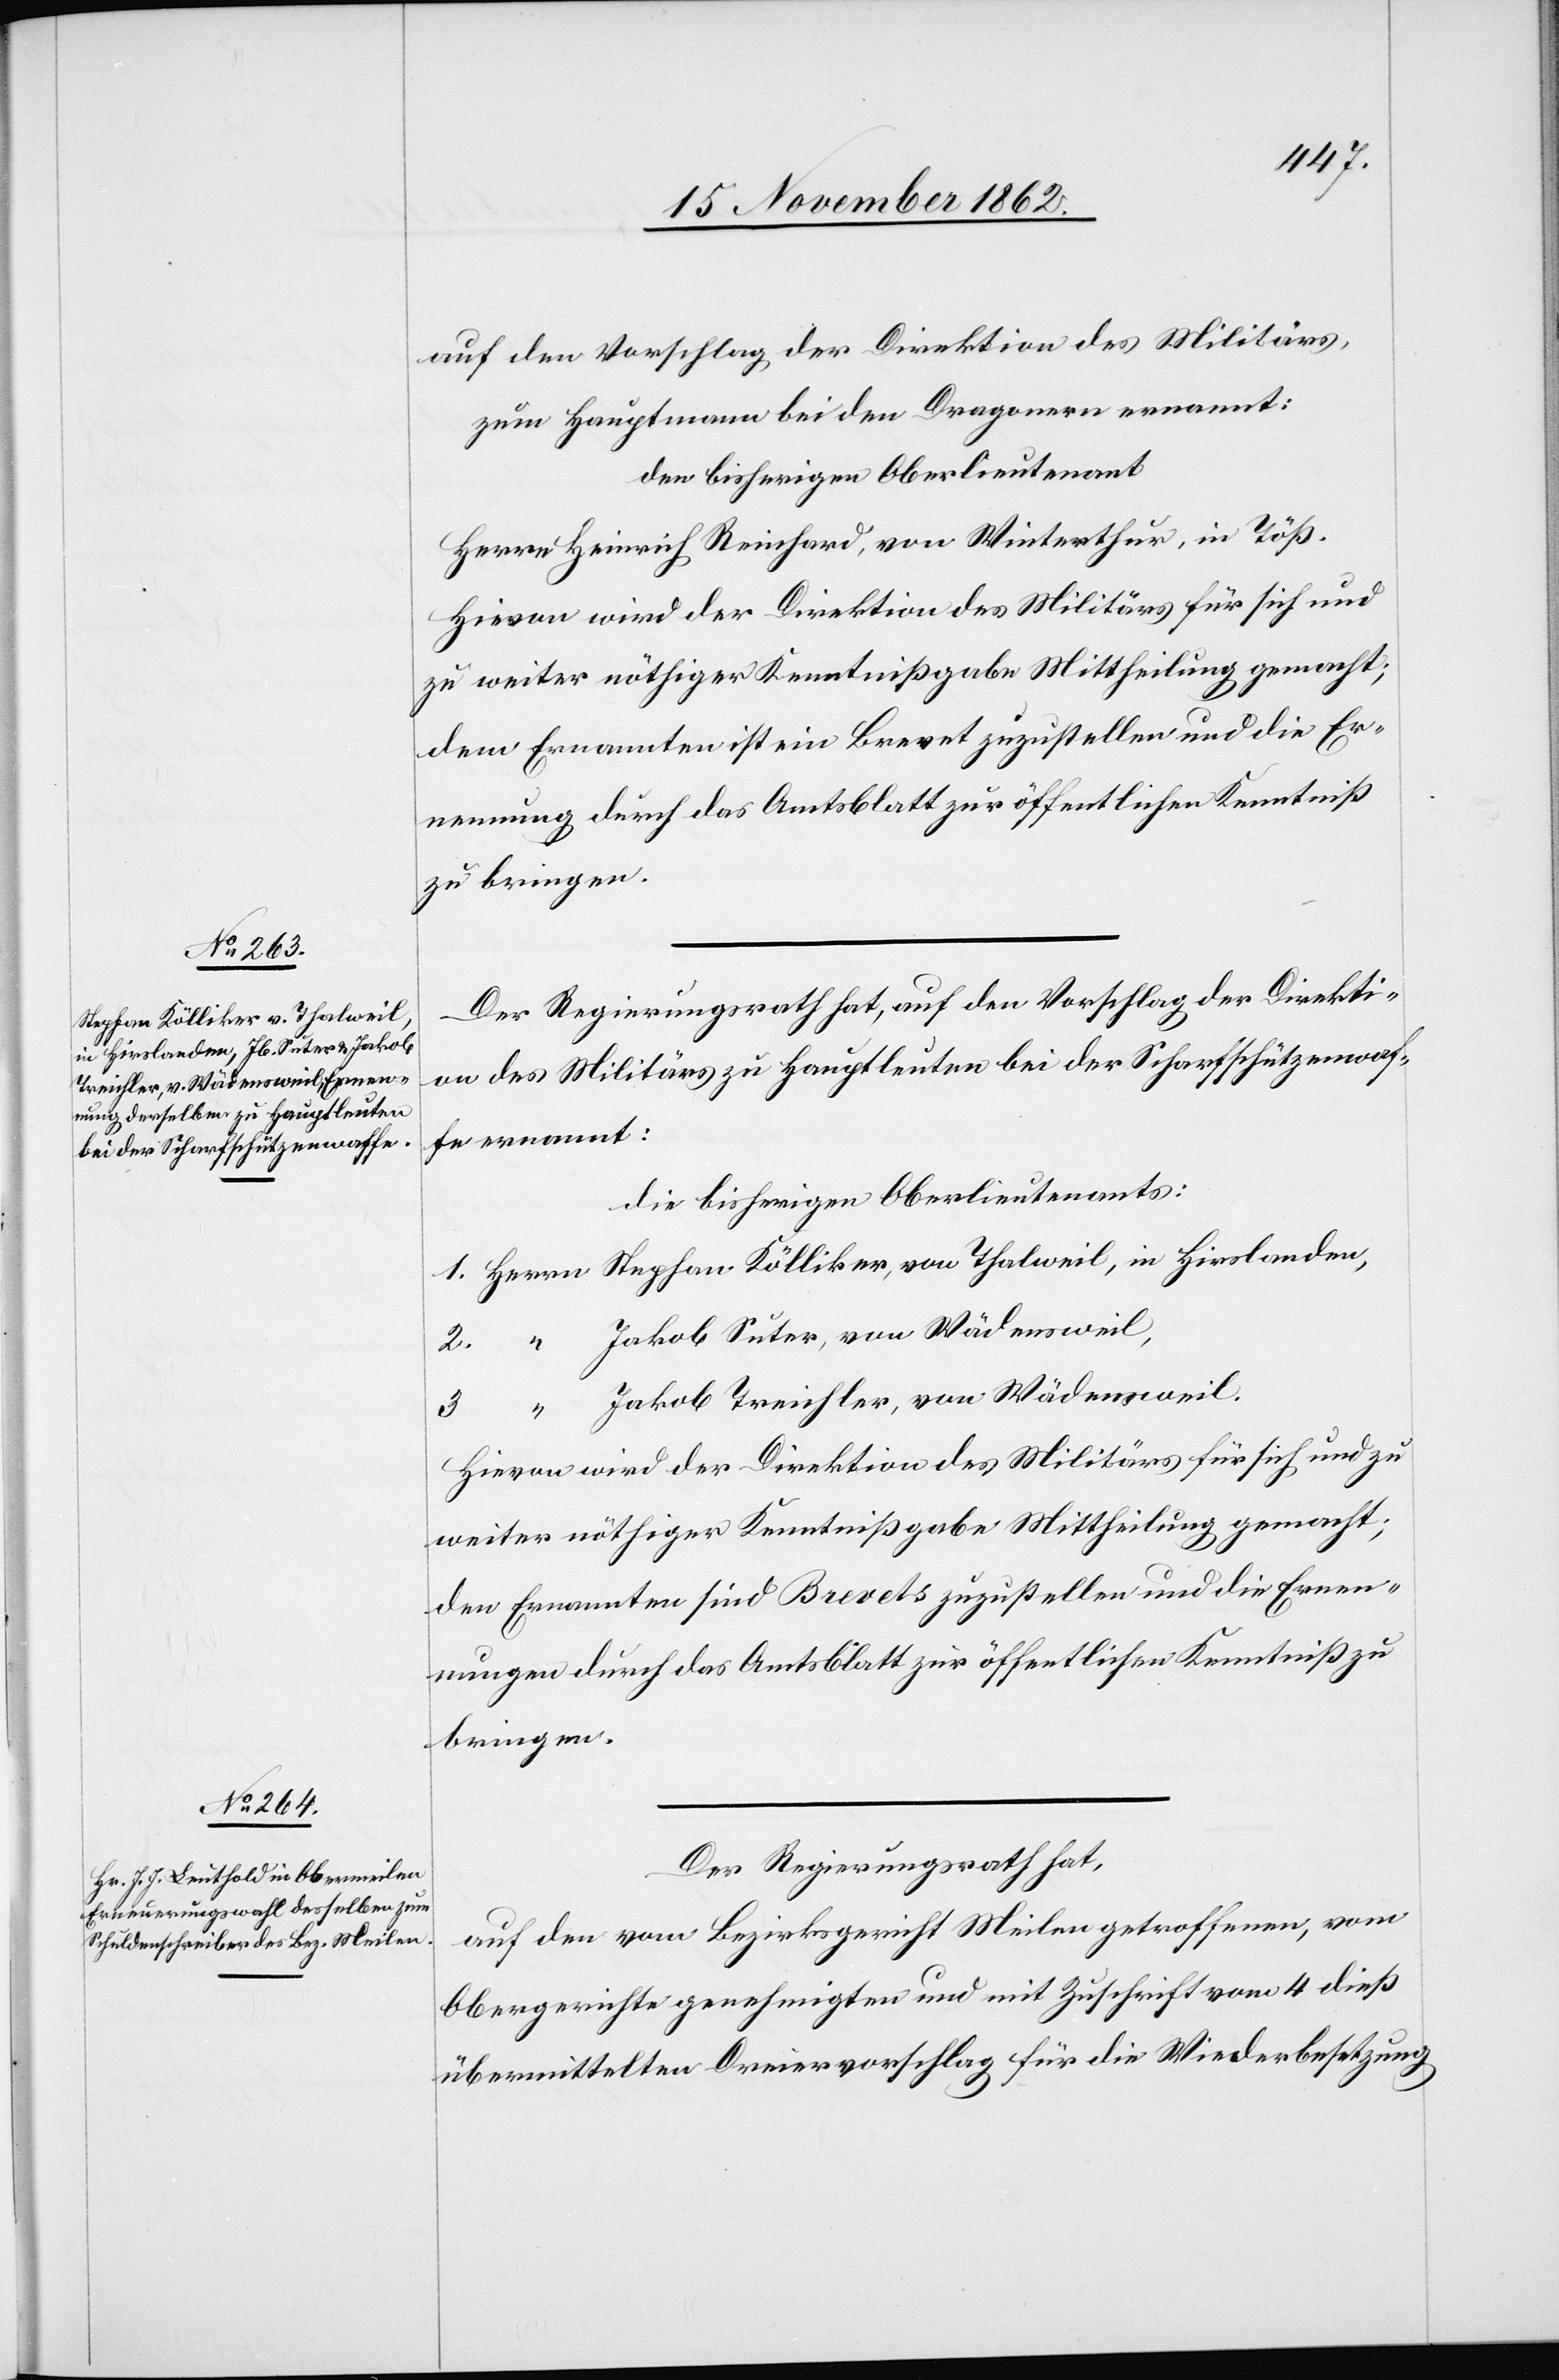
Stephan Kölliker, von Thalweil,

auf den Vorschlag der Direktion des Militärs,
zum Hauptmann bei den Dragonern ernannt:
den bisherigen Oberlieutenant
Herrn Heinrich Reinhard, von Winterthur, in Töß.
Hievon wird der Direktion des Militärs für sich und
zu weiter nöthiger Kenntnißgabe Mittheilung gemacht;
dem Ernannten ist ein Brevet zuzustellen und die Er¬
nennung durch das Amtsblatt zur öffentlichen Kenntniß
zu bringen.
Der Regierungsrath hat, auf den Vorschlag der Direkti¬
on des Militärs zu Hauptleuten bei der Scharfschützenwaf¬
fe ernannt:
Die bisherigen Oberlieutenants:
Jakob Suter, von Wädensweil,
Jakob Treichler, von Wädensweil.
Hievon wird der Direktion des Militärs für sich und zu
weiter nöthiger Kenntnißgabe Mittheilung gemacht;
den Ernannten sind Brevets zuzustellen und die Ernen¬
nungen durch das Amtsblatt zur öffentlichen Kenntniß zu
bringen.
Der Regierungsrath hat,
auf den vom Bezirksgericht Meilen getroffenen, vom
Obergerichte genehmigten und mit Zuschrift vom 4. dieß
übermittelten Dreiervorschlag für die Wiederbesetzung